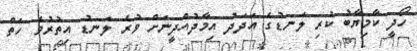
ހޯދީ ކާމިޔާބު ކުރި ލަނޑުގެ އަދަދު އިމާދުއްދީނަށް ވުރެ ލަނޑު އިތުރުވެ ހަތް